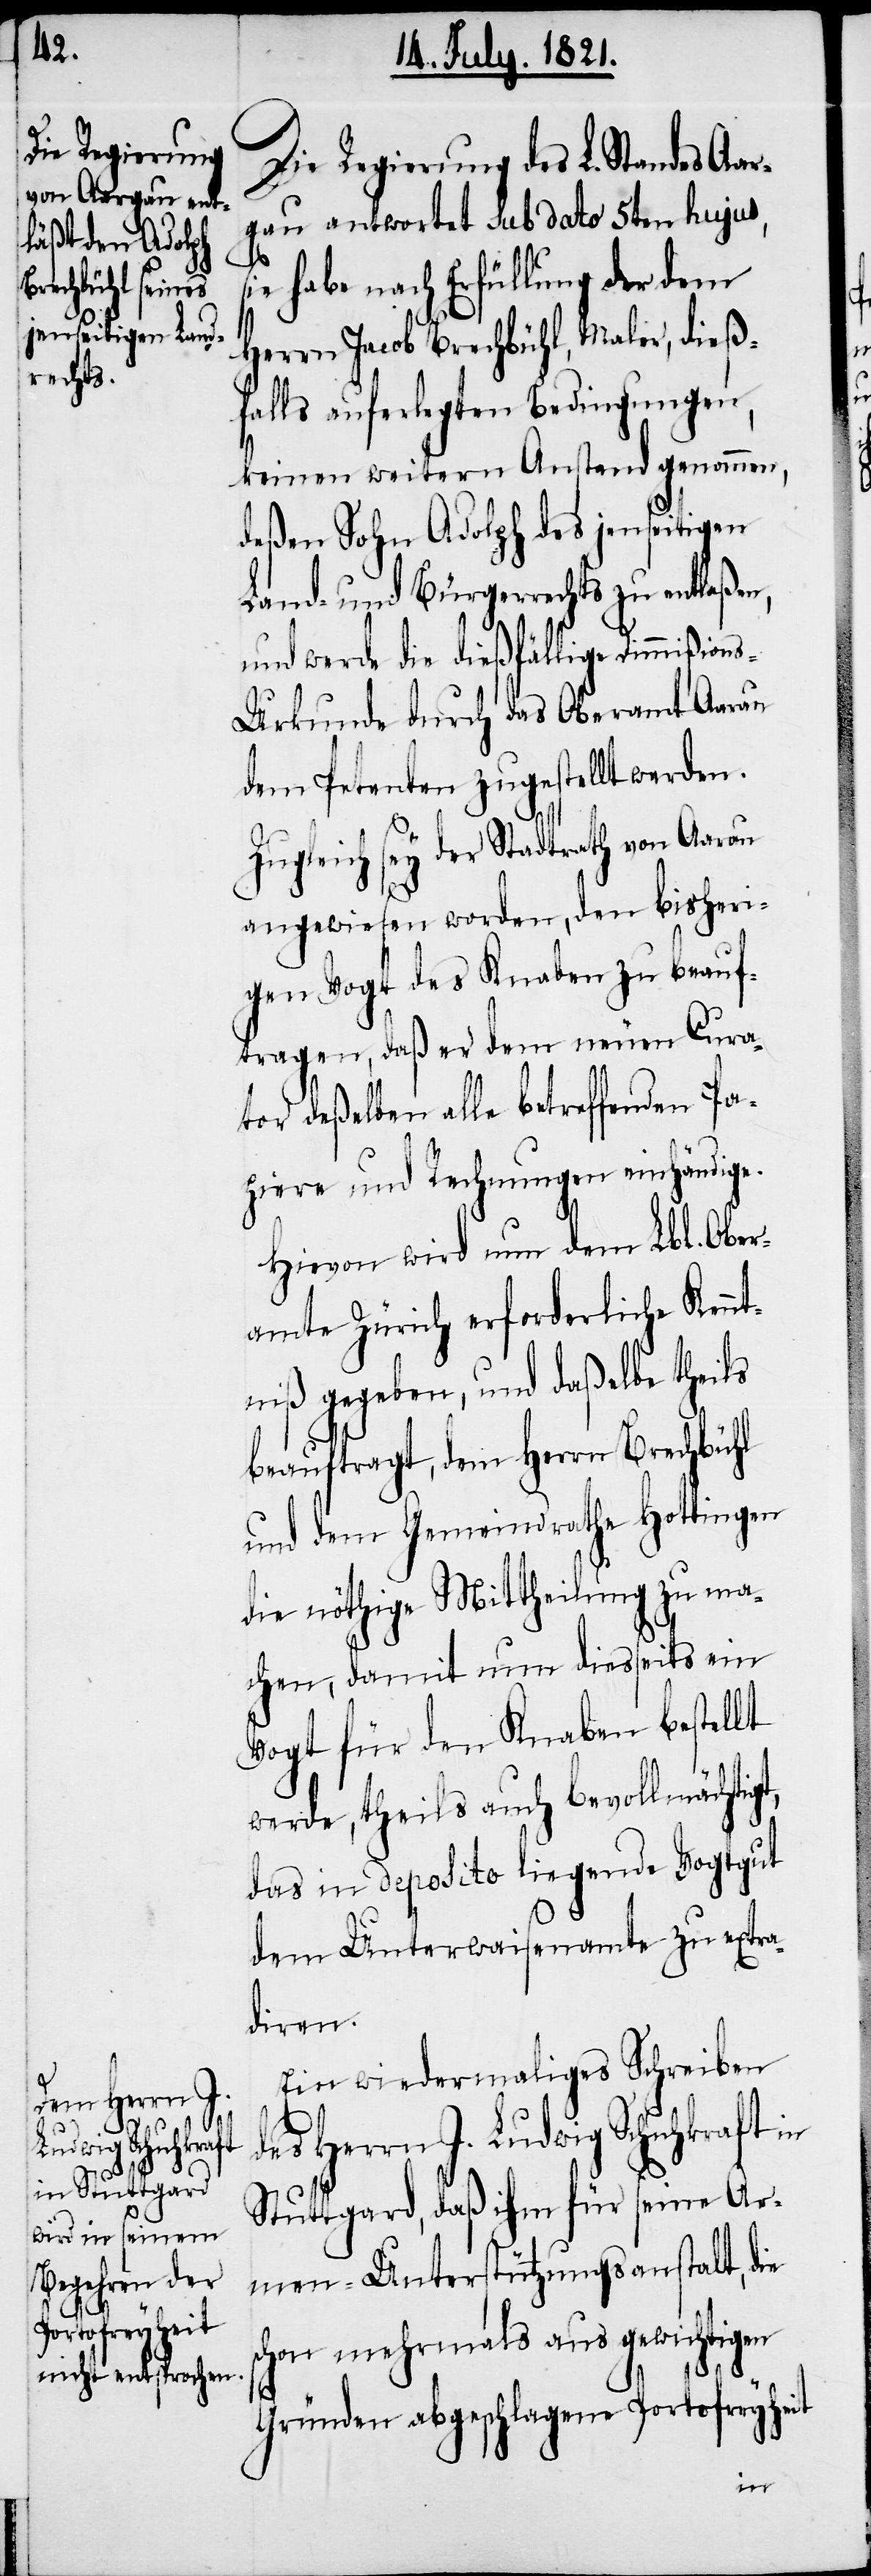
s¬
Lbl. Ober¬

Die Regierung des L. Standes Aar¬
gau antwortet sub dato 5ten hujus,
ie habe nach Erfüllung der dem
Herrn Jacob Brechbühl, Maler, dießf¬
alls auferlegten Bedingungen,
keinen weitern Anstand genommen,
deßen Sohn Adolph des jenseitigen
Land- und Bürgerrechts zu entlaßen,
und werde die dießfällige Dimmißi¬
s-Urkunde durch das Oberamt Aarau
dem Petenten zugestellt werden.
Zugleich sey der Stadtrath von Aarau
angewiesen worden, den bisheri¬
gen Vogt des Knaben zu beauf¬
tragen, daß er dem neuen Cura¬
tor alle betreffenden Pa¬
piere und Rechnungen einhändige.
amte Zürich erforderliche Kennt¬
niß gegeben, und daßelbe theils
beauftragt, dem Herrn Brechbühl
und dem Gemeindrathe Hottingen
die nöthige Mittheilung zu ma¬
chen, damit nun diesseits ein
Vogt für den Knaben bestellt
werde, theils auch bevollmächtigt,
das in deposito liegende Vogtgut
dem Unterwaisenamt zu extra¬
diren.
nun